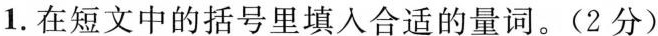
1.在短文中的括号里填入合适的量词。(2分)